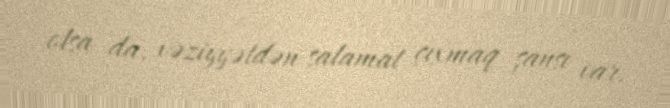
olsa da, vəziyyətdən salamat çıxmaq şansı var.